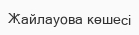
Жайлауова көшесі